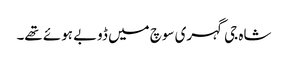
شاہ جی گہری سوچ میں ڈوبے ہوئے تھے۔